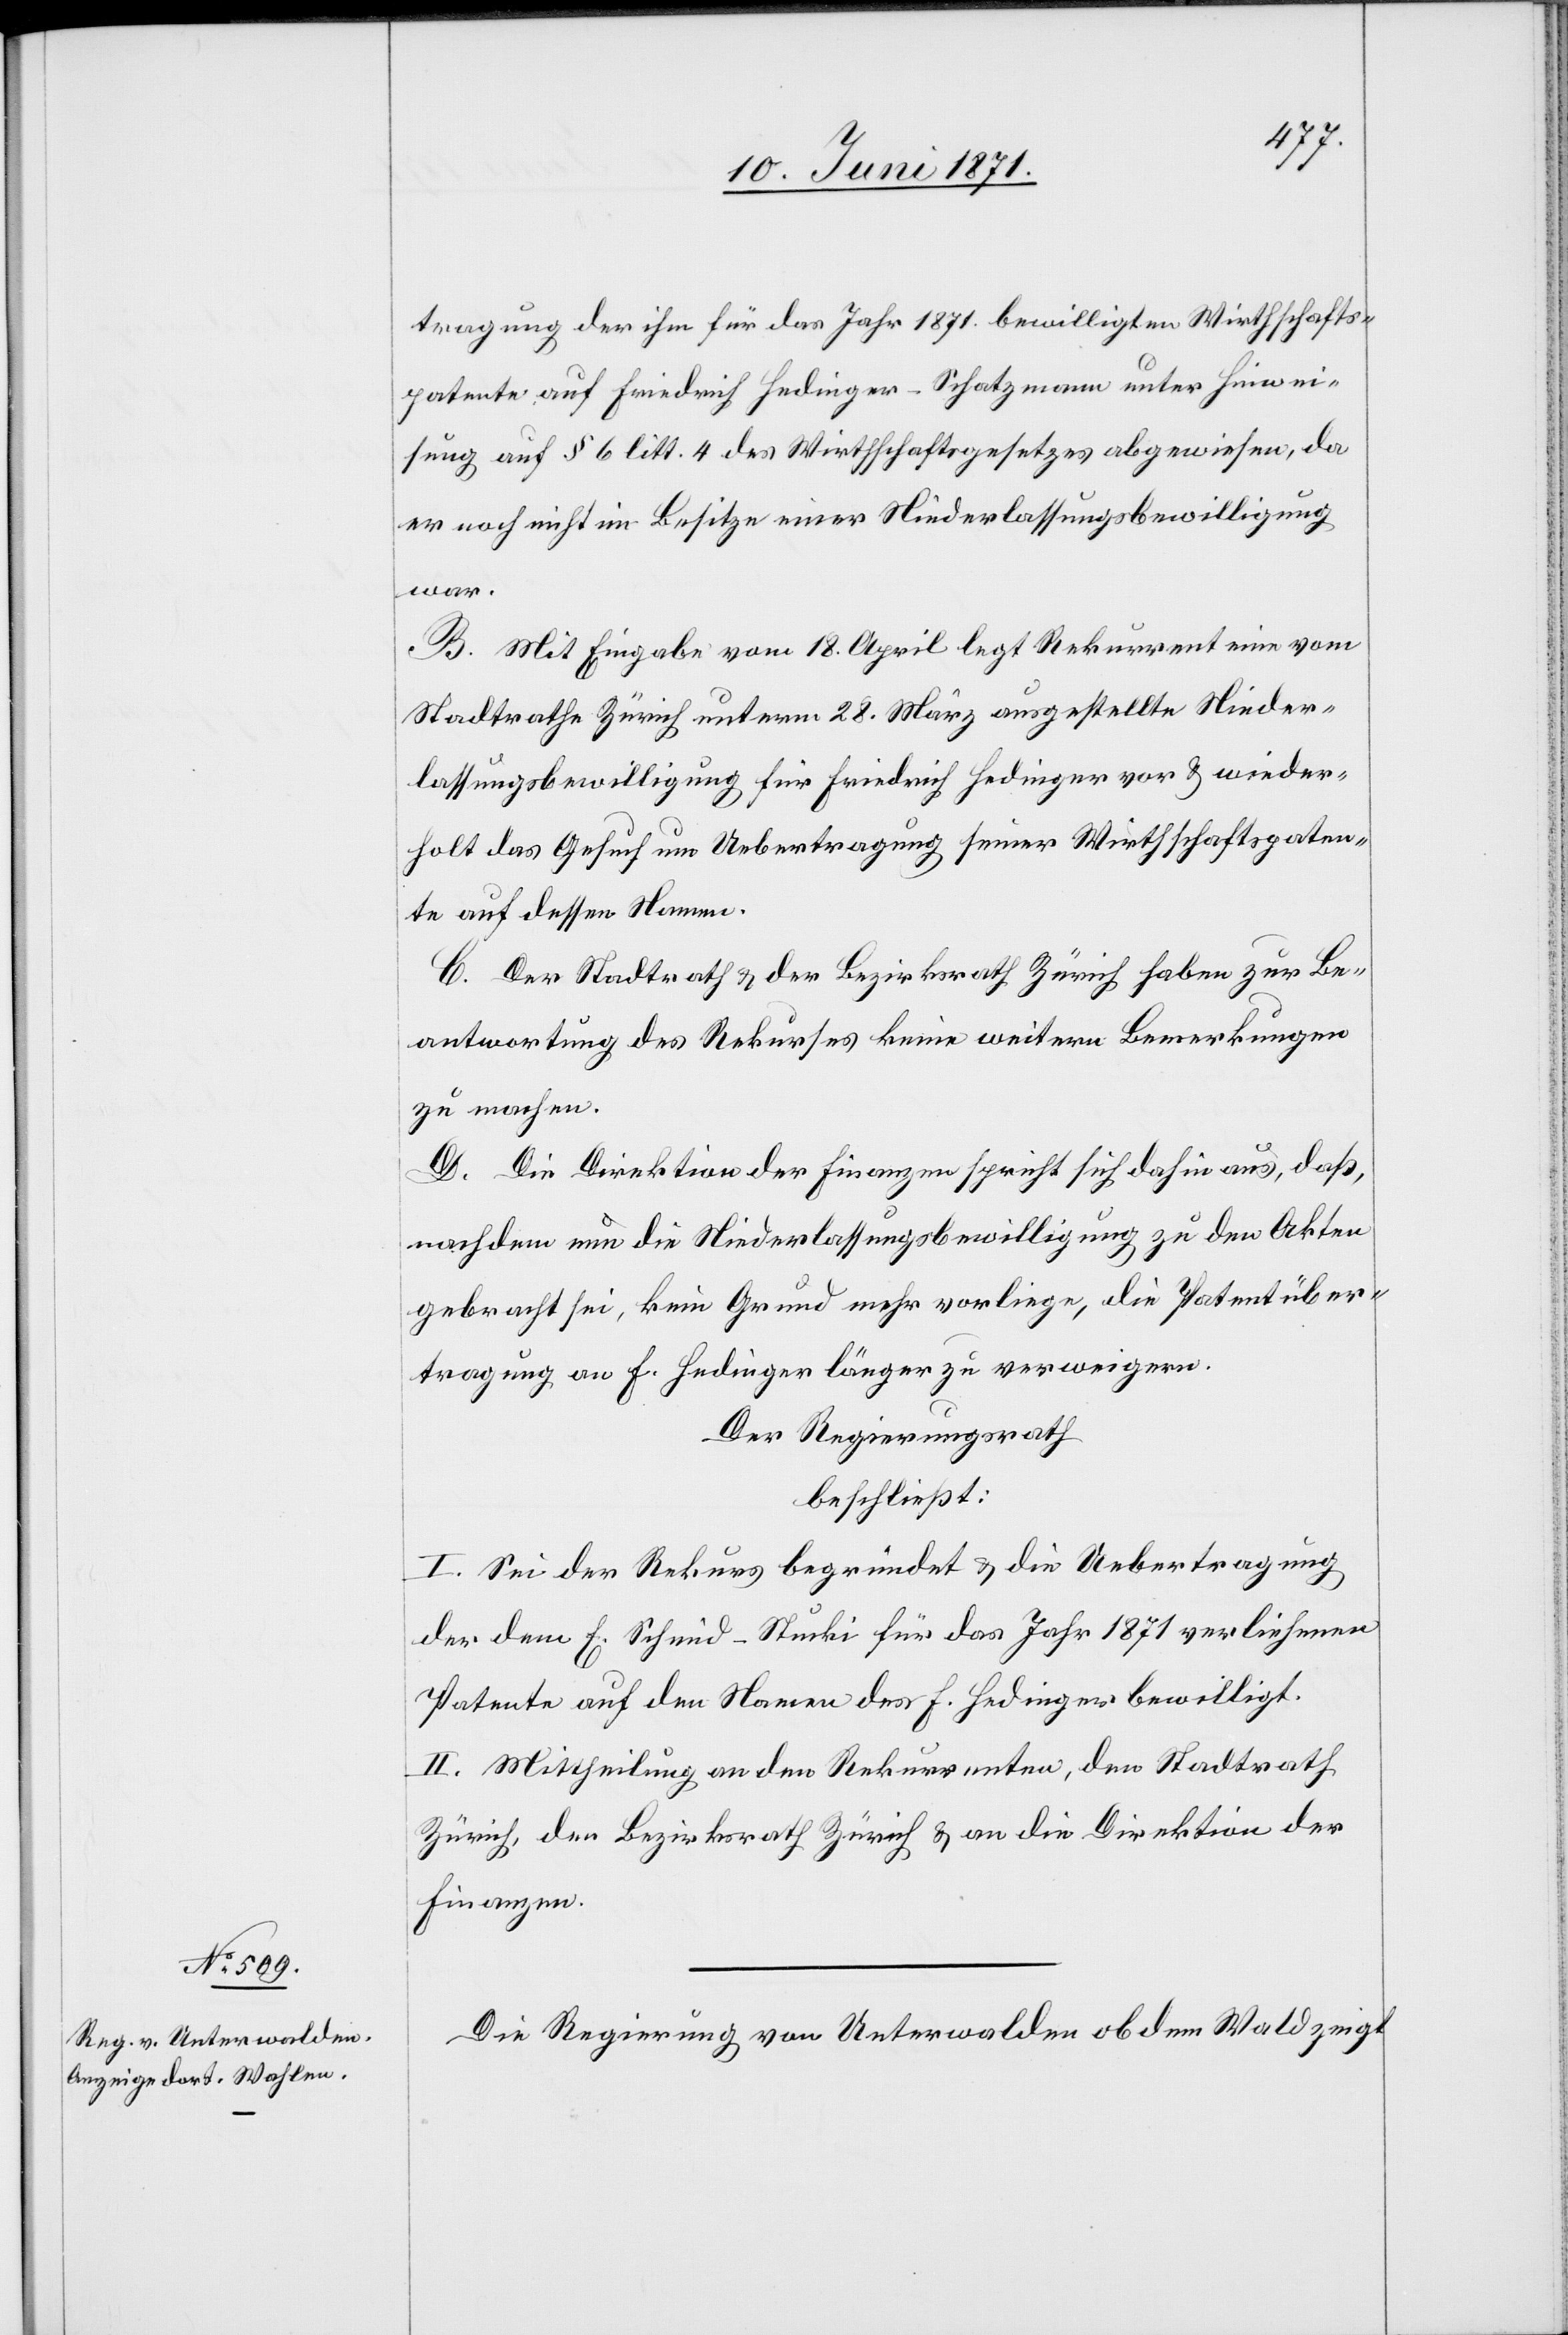
tragung der ihm für das Jahr 1871. bewilligten Wirthschafts¬
patente auf Friedrich Hedinger-Schatzmann unter Hinwei¬
sung auf § 6 litt. 4 des Wirthschaftsgesetzes abgewiesen, da
er noch nicht im Besitze einer Niederlassungsbewilligung
war.
B. Mit Eingabe vom 18. April legt Rekurrent eine vom
Stadtrath Zürich unterm 28. März ausgestellte Nieder¬
lassungsbewilligung für Friedrich Hedinger vor u. wieder¬
holt das Gesuch um Uebertragung seiner Wirthschaftspaten¬
te auf dessen Namen.
C. Der Stadtrath u. der Bezirksrath Zürich haben zur Be¬
antwortung des Rekurses keine weitern Bemerkungen
zu machen.
D. Die Direktion der Finanzen spricht sich dahin aus, daß,
nachdem nun die Niederlassungsbewilligung zu den Akten
gebracht sei, kein Grund mehr vorliege, die Patentüber¬
tragung an F. Hedinger länger zu verweigern.
Der Regierungsrath
beschließt:
I. Sei der Rekurs begründet u. die Uebertragung
der dem E. Schmid-Stucki für das Jahr 1871 verliehenen
Patente auf den Namen des F. Hedinger bewilligt.
II. Mittheilung an den Rekurrenten, den Stadtrath
Zürich, den Bezirksrath Zürich u. an die Direktion der
Finanzen.
Die Regierung von Unterwalden ob dem Wald zeigt